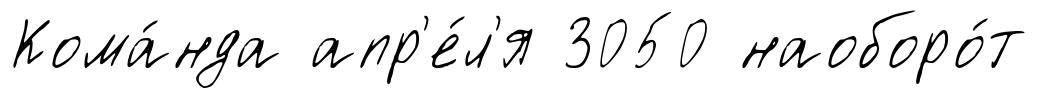
Кома́нда апр'е́л'я 3050 наоборо́т